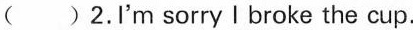
( )2.I'm sorry I broke the cup.